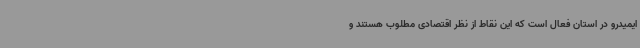
ایمیدرو در استان فعال است که این نقاط از نظر اقتصادی مطلوب هستند و